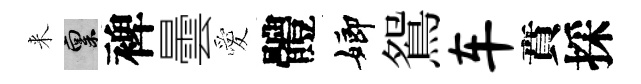
来禀裨曇愛體嫏鴛车賁採